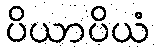
ပိယာပိယံ